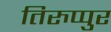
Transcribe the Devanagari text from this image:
तिरुप्पुर